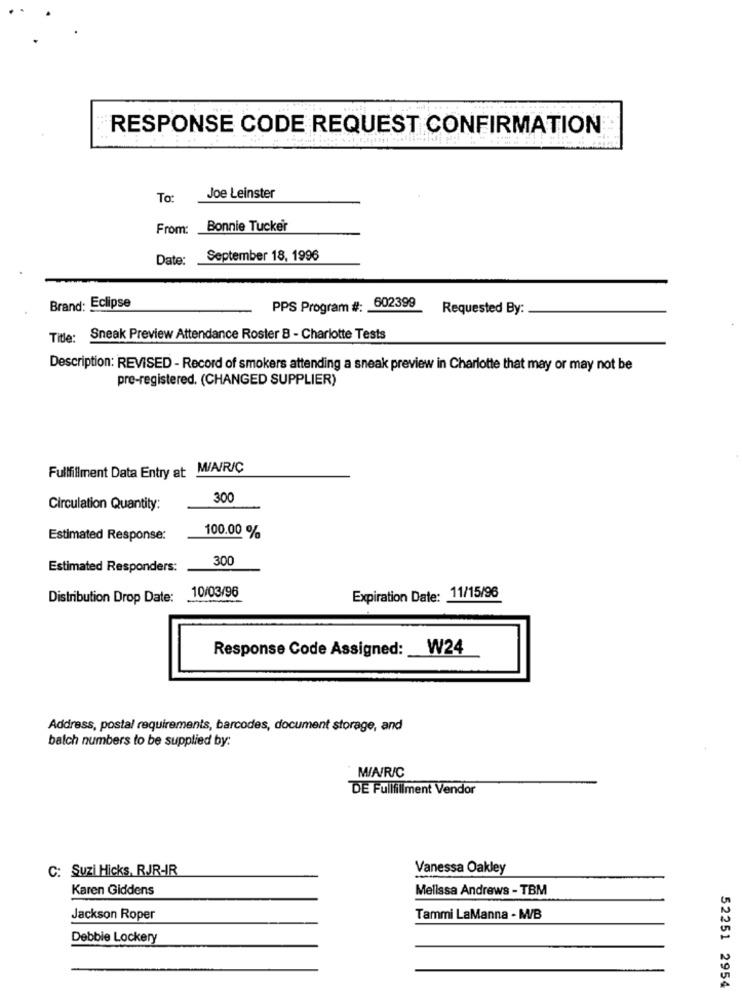
RESPONSE CODE REQUEST CONFIRMATION
To:
Joe Leinster
From: Bonnie Tucker
Date:
September 18, 1996
Brand: Eclipse
PPS Program #: 602399
Requested By:
Title: Sneak Preview Attendance Roster B - Charlotte Tests
Description: REVISED - Record of smokers attending a sneak preview in Charlotte that may or may not be
pre-registered. (CHANGED SUPPLIER)
MIA/R/C
Fullfillment Data Entry at
300
Circulation Quantity:
Estimated Response:
100.00 %
300
Estimated Responders:
10/03/96
Distribution Drop Date:
Expiration Date: 11/15/96
Response Code Assigned:
W24
Address, postal requirements, barcodes, document storage, and
balch numbers to be supplied by:
MIA/R/C
DE Fullfillment Vendor
C: Suzi Hicks, RJR-IR
Vanessa Oakley
Karen Giddens
Melissa Andrews - TBM
Jackson Roper
Tammi LaManna - M/B
Debbie Lockery
52251 2954